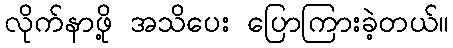
လိုက်နာဖို့ အသိပေး ပြောကြားခဲ့တယ်။